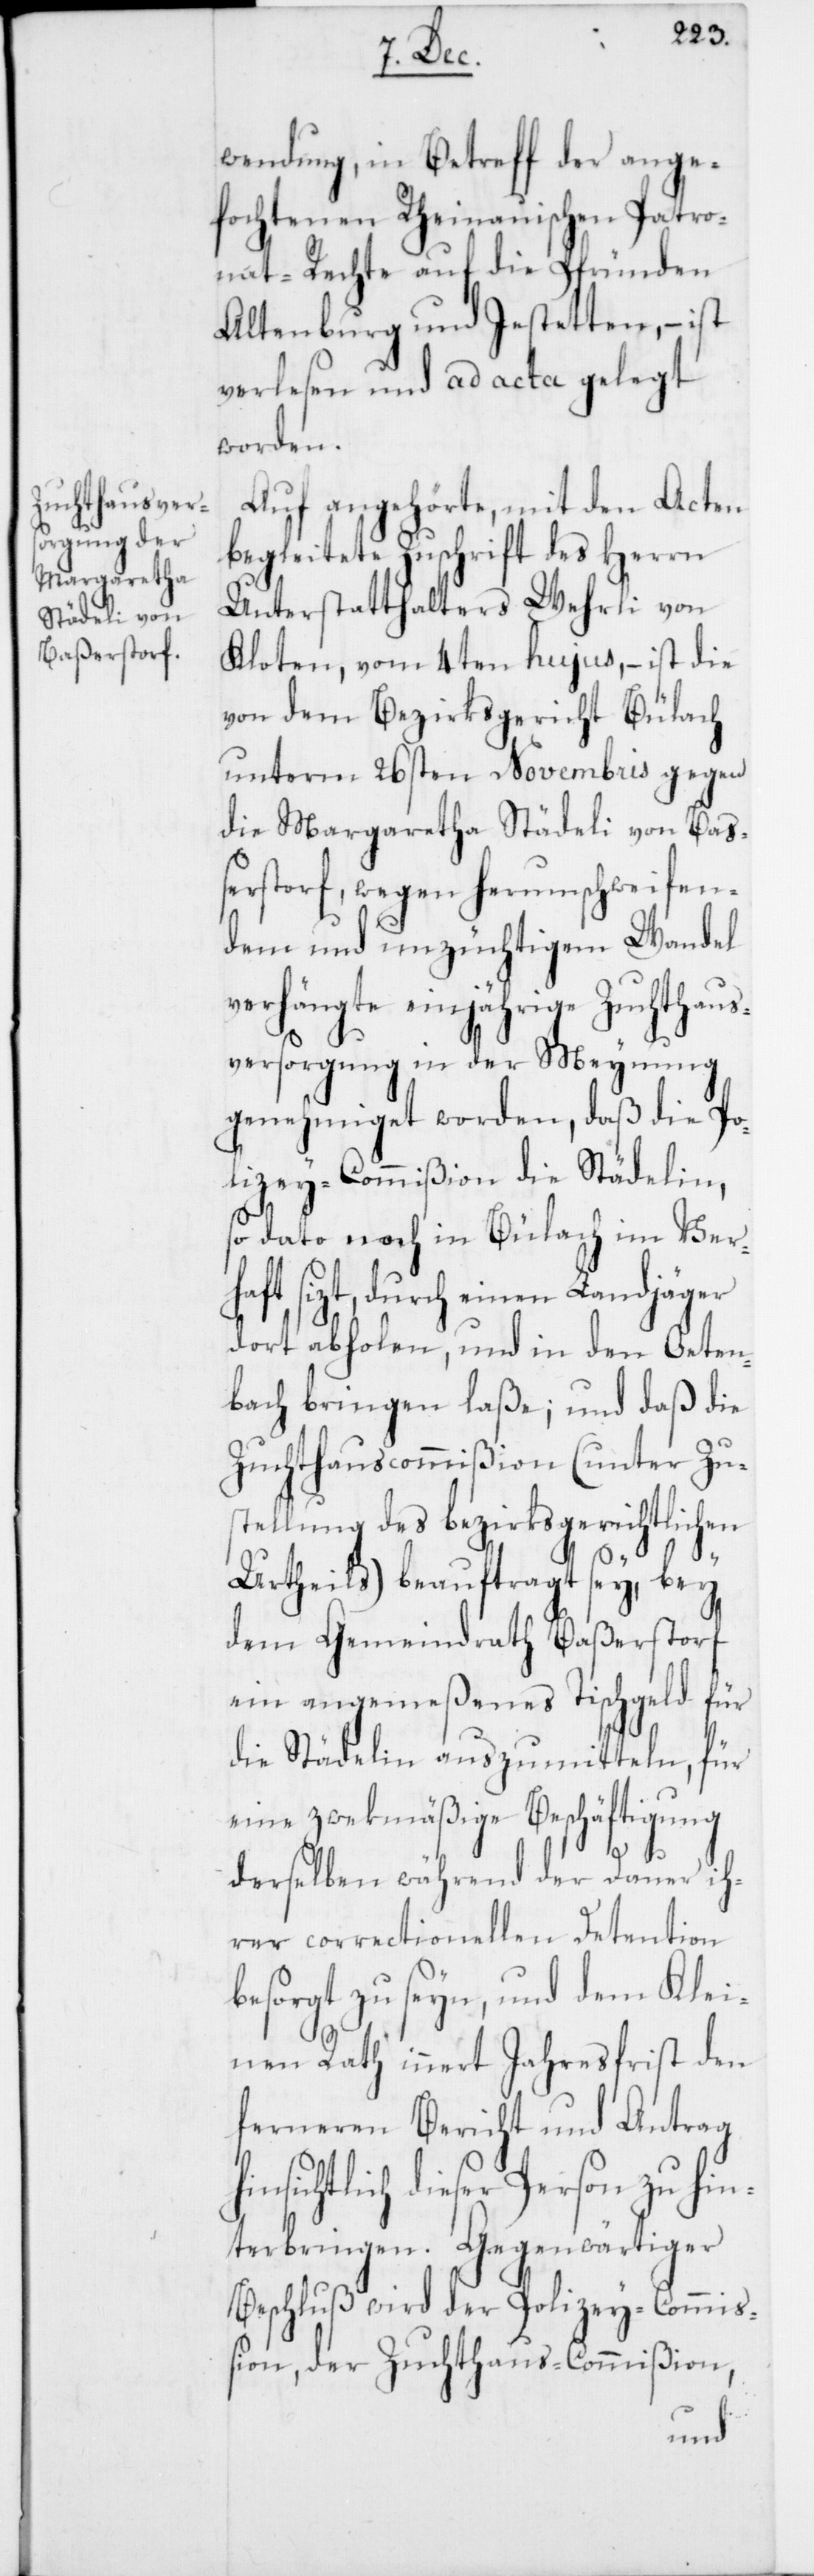
terbringen.

h¬
wendung, in Betreff der ange¬
fochtenen Rheinauischen Patro¬
nat-Rechte auf die Pfründen
Altenburg und Jestetten, – ist
verlesen und ad acta gelegt
worden.
Auf angehörte, mit den Acten
begleitete Zuschrift des Herrn
Unterstatthalters Wehrli von
Kloten, vom 4ten hujus, – ist die
von dem Bezirksgericht Bülach
unterm 26sten Novembris gegen
die Margaretha Städeli von Ba¬
ßerstorf, wegen herumschweifen¬
den und unzüchtigem Wandel
verhängte einjährige Zuchthaus¬
versorgung in der Meynung
genehmiget worden, daß die Po¬
lizey-Commißion die Städelin,
so dato noch in Bülach im Verh¬
aft sizt, durch einen Landjäger
dort abholen und in den Oeten¬
bach bringen laße; und daß die
Zuchthauscommißion (unter Zu¬
stellung des bezirksgerichtlichen
Urtheils) beauftragt sey, bey
dem Gemeindrath Baßerstorf
ein angemeßenes Tischgeld für
die Städelin auszumitteln, für
eine zwekmäßige Beschäftigung
derselben während der Dauer ih¬
rer correctionellen Detention
besorgt zu seyn, und dem Klei¬
nen Rath innert Jahresfrist den
ferneren Bericht und Antrag
insichtlich dieser Person zu hin¬
Beschluß wird der Polizey-Commi¬
ßion, der Zuchthaus-Commißion,